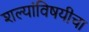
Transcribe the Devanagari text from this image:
शल्यांविषयीचा